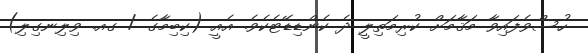
ހުސްވެފައިވާ މަޤާމަށް ކުރިމަތިލީ ދެ ކެންޑިޑޭޓެކެވެ. އެއީ (ކިބިމާގެ / ގއ. ވިލިނގިލި)